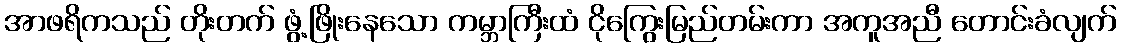
အာဖရိကသည် တိုးတက် ဖွံ့ဖြိုးနေသော ကမ္ဘာကြီးထံ ငိုကြွေးမြည်တမ်းကာ အကူအညီ တောင်းခံလျက်